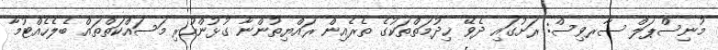
މުނިސްޕަލް ސާރވިސް: ރަށުގައި ދެވޭ ޚިދުމަތްތަކުގެ ތެރެއިން ރައްޔިތުންނާ ގުޅުންހުރި މަސައްކަތްތައް ބެލެހެއްޓުމާ